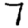
Digit: 7